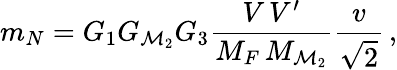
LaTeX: m_{N}=G_{1}G_{{\cal M}_{2}}G_{3}\frac{V\, V^{\prime}}{M_{F}\, M_{{\cal M}_{2}}}\frac{v}{\sqrt{2}}\, ,